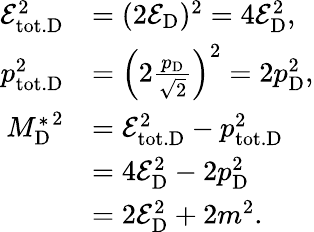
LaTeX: \begin{array}{rl}{\mathcal{E}_{\mathrm{tot.D}}^{2}}&{=(2\mathcal{E}_{\mathrm{D}})^{2}=4\mathcal{E}_{\mathrm{D}}^{2},}\\ {p_{\mathrm{tot.D}}^{2}}&{=\Big(2\frac{p_{\mathrm{D}}}{\sqrt 2}\Big)^{2}=2p_{\mathrm{D}}^{2},}\\ {{M_{\mathrm{D}}^{*}}^{2}}&{=\mathcal{E}_{\mathrm{tot.D}}^{2}-p_{\mathrm{tot.D}}^{2}}\\ &{=4\mathcal{E}_{\mathrm{D}}^{2}-2p_{\mathrm{D}}^{2}}\\ &{=2\mathcal{E}_{\mathrm{D}}^{2}+2m^{2}.}\end{array}